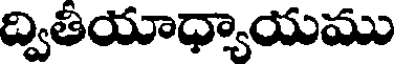
ద్వితీయాధ్యాయము